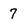
Character: 7